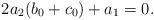
LaTeX: \begin{align*} 2a_2(b_0+c_0)+a_1=0.\end{align*}